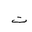
Letter: _ta